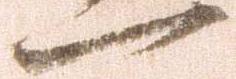
一